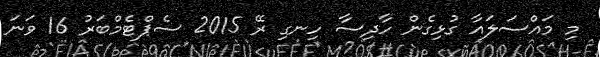
މި މައްސަލައާ ގުޅިގެން ހާދިސާ ހިނގި ރޭ 2015 ސެޕްޓެމްބަރު 16 ވަނަ